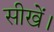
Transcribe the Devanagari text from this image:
सीखें।